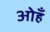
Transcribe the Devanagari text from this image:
ओहँ